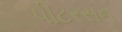
પીટરસન